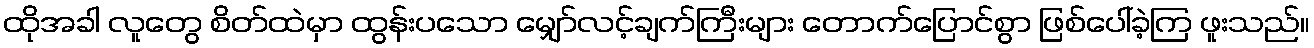
ထိုအခါ လူတွေ စိတ်ထဲမှာ ထွန်းပသော မျှော်လင့်ချက်ကြီးများ တောက်ပြောင်စွာ ဖြစ်ပေါ်ခဲ့ကြ ဖူးသည်။